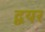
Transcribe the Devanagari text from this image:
द्वयर